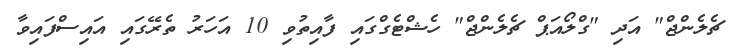
ޗެލެންޖް" އަދި "ގްލޯއަޕް ޗެލެންޖް" ހެޝްޓެގްގައި ފާއިތުވި 10 އަހަރު ތެރޭގައި އައިސްފައިވާ